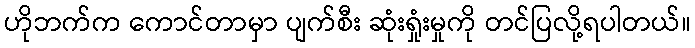
ဟိုဘက်က ကောင်တာမှာ ပျက်စီး ဆုံးရှုံးမှုကို တင်ပြလို့ရပါတယ်။